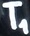
Text: T1